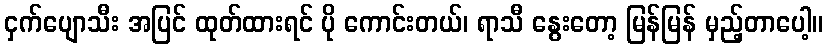
ငှက်ပျောသီး အပြင် ထုတ်ထားရင် ပို ကောင်းတယ်၊ ရာသီ နွေးတော့ မြန်မြန် မှည့်တာပေါ့။